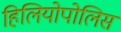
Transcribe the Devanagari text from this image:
हिलियोपोलिस